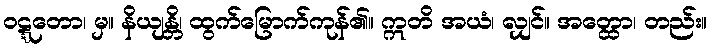
ဝဋ္ဋတော၊ မှ။ နိယျန္တိ၊ ထွက်မြောက်ကုန်၏။ ဣတိ အယံ၊ လျှင်။ အတ္ထော၊ တည်း။